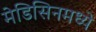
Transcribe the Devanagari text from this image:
मेडिसिनमध्ये